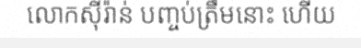
លោកស៊ីរ៉ាន់ បញ្ចប់ត្រឹមនោះ ហើយ